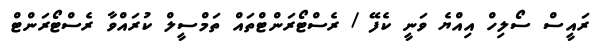
ރައީސް ސޯލިހް އިއްޔެ ވަނީ ކެފޭ / ރެސްޓޯރަންޓްތައް ތަމްސީލް ކުރައްވާ ރެސްޓޯރަންޓް